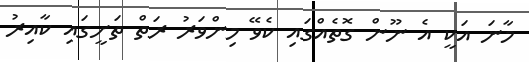
މާނަ އަކީ އެ ނޫން ގޮތެއްގައި ކެވޭ މިންވަރު ރަތް ތަށީގައި ކާއިރު